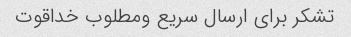
تشکر برای ارسال سریع ومطلوب خداقوت